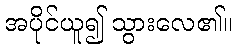
အပိုင်ယူ၍ သွားလေ၏။